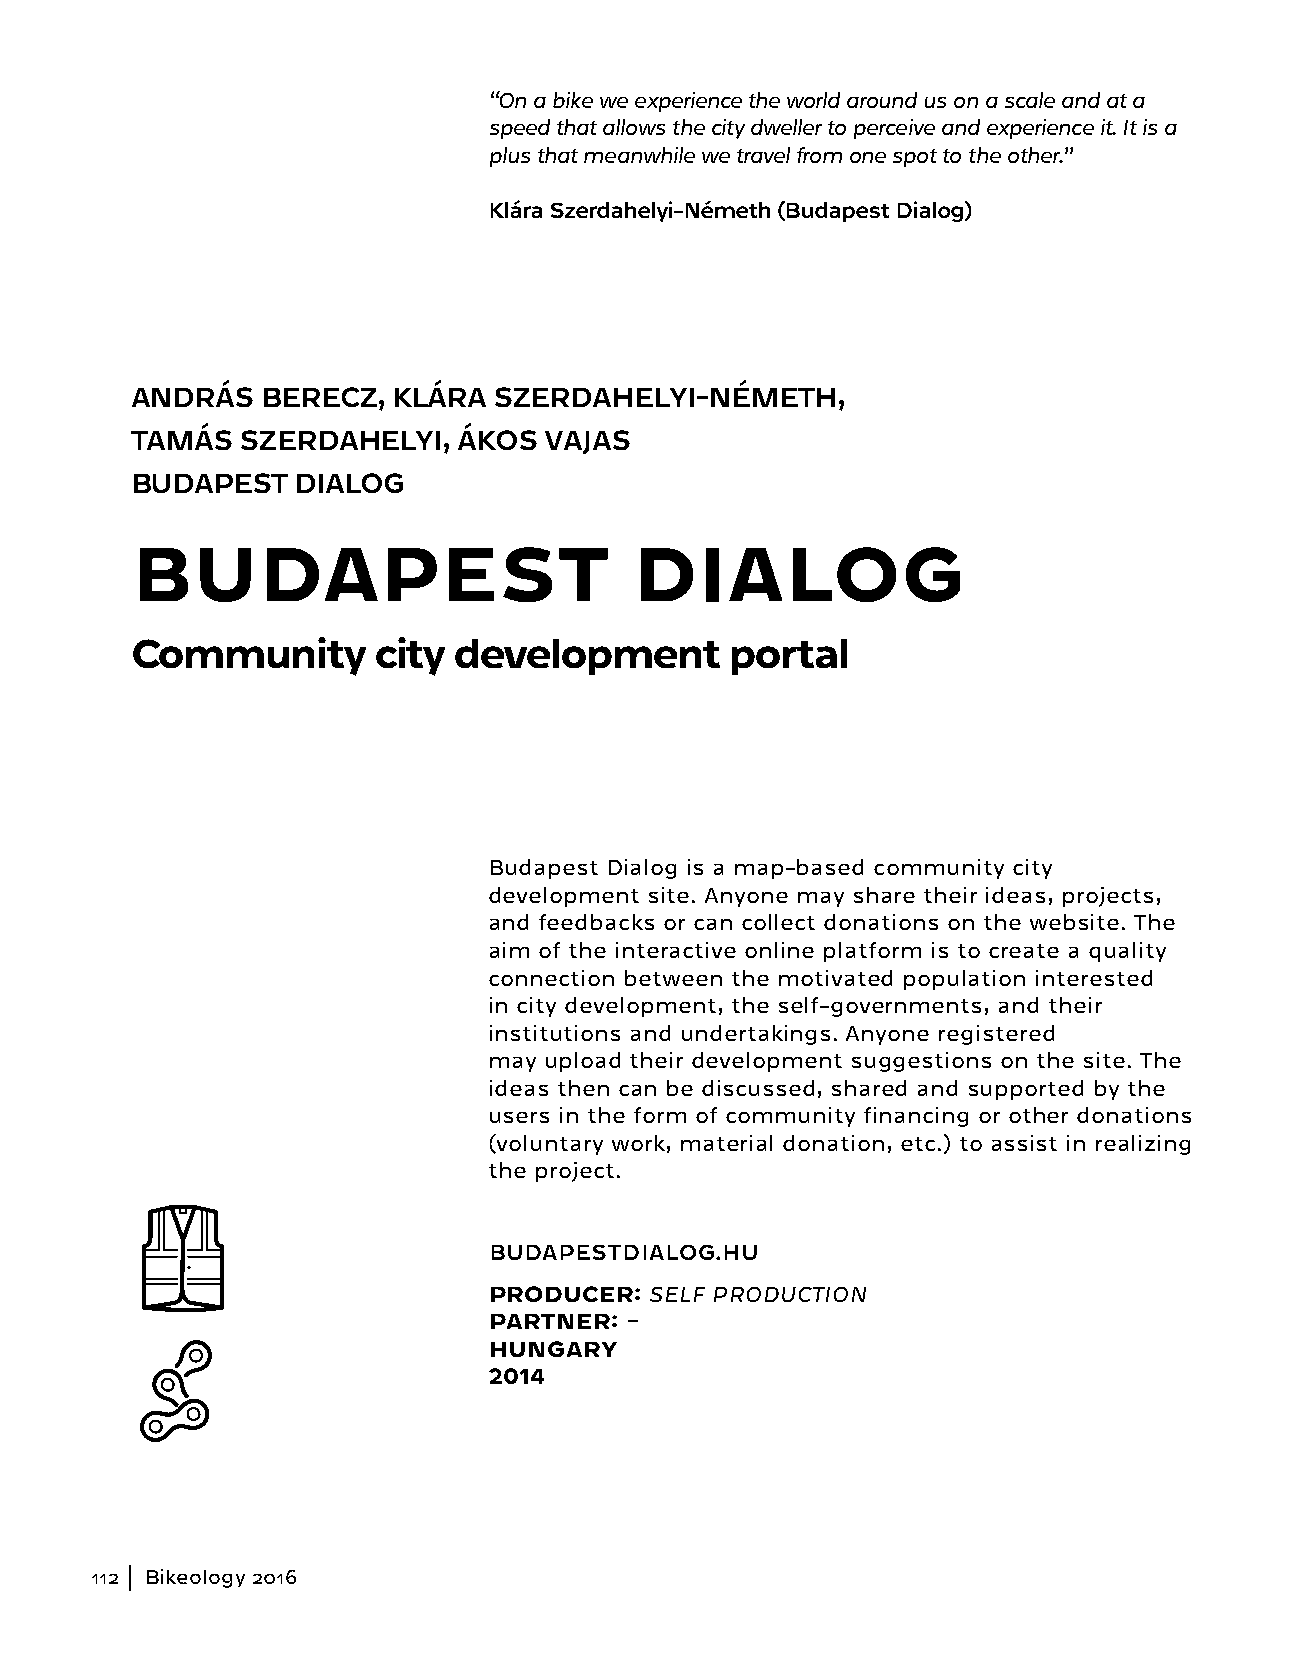
“On a bike we experience the world around us on a scale and at a
 speed that allows the city dweller to perceive and experience it. It is a
 plus that meanwhile we travel from one spot to the other.”
 Klára Szerdahelyi-Németh (Budapest Dialog)
 ANDRÁS  BERECZ,  KLÁRA  SZERDAHELYI-NÉMETH,
 TAMÁS  SZERDAHELYI,  ÁKOS  VAJAS
 BUDAPEST   DIALOG
 BUDAPEST                         DIALOG
 Community       city development       portal
 Budapest Dialog is a map-based community city
 development site. Anyone may share their ideas, projects,
 and feedbacks or can collect donations on the website. The
 aim of the interactive online platform is to create a quality
 connection between the motivated population interested
 in city development, the self-governments, and their
 institutions and undertakings. Anyone registered
 may upload their development suggestions on the site. The
 ideas then can be discussed, shared and supported by the
 users in the form of community financing or other donations
 (voluntary work, material donation, etc.) to assist in realizing
 the project.
 BUDAPESTDIALOG.HU
 PRODUCER:  SELF PRODUCTION
 PARTNER: –
 HUNGARY
 2014
 112 Bikeology 2016